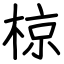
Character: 椋